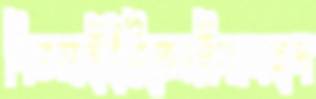
শিতলাইইরিতেনকিয়াসহপ